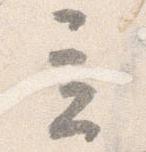
立